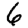
Digit: 6